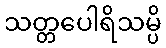
သတ္တပေါရိသမ္ပိ